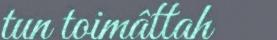
tun toimâttah